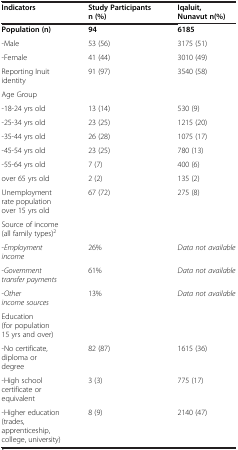
<table><thead><tr><td><b>Indicators</b></td><td><b>Study Participants n (%)</b></td><td><b>Iqaluit, Nunavut n(%)</b></td></tr></thead><tbody><tr><td><b>Population (n)</b></td><td><b>94</b></td><td><b>6185</b></td></tr><tr><td>-Male</td><td>53 (56)</td><td>3175 (51)</td></tr><tr><td>-Female</td><td>41 (44)</td><td>3010 (49)</td></tr><tr><td>Reporting Inuit identity</td><td>91 (97)</td><td>3540 (58)</td></tr><tr><td>Age Group</td><td> </td><td> </td></tr><tr><td>-18-24 yrs old</td><td>13 (14)</td><td>530 (9)</td></tr><tr><td>-25-34 yrs old</td><td>23 (25)</td><td>1215 (20)</td></tr><tr><td>-35-44 yrs old</td><td>26 (28)</td><td>1075 (17)</td></tr><tr><td>-45-54 yrs old</td><td>23 (25)</td><td>780 (13)</td></tr><tr><td>-55-64 yrs old</td><td>7 (7)</td><td>400 (6)</td></tr><tr><td>over 65 yrs old</td><td>2 (2)</td><td>135 (2)</td></tr><tr><td>Unemployment rate population over 15 yrs old</td><td>67 (72)</td><td>275 (8)</td></tr><tr><td>Source of income (all family types)<sup>2</sup></td><td> </td><td> </td></tr><tr><td>-<i>Employment income</i></td><td>26%</td><td><i>Data not available</i></td></tr><tr><td>-<i>Government transfer payments</i></td><td>61%</td><td><i>Data not available</i></td></tr><tr><td>-<i>Other income sources</i></td><td>13%</td><td><i>Data not available</i></td></tr><tr><td>Education (for population 15 yrs and over)</td><td> </td><td> </td></tr><tr><td>-No certificate, diploma or degree</td><td>82 (87)</td><td>1615 (36)</td></tr><tr><td>-High school certificate or equivalent</td><td>3 (3)</td><td>775 (17)</td></tr><tr><td>-Higher education (trades, apprenticeship, college, university)</td><td>8 (9)</td><td>2140 (47)</td></tr></tbody></table>